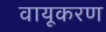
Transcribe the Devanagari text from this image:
वायूकरण